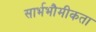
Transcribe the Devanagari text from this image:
सार्भभौमीकता